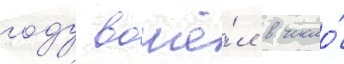
году вошё́л в число́